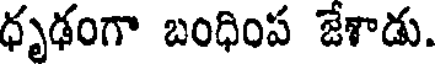
ధృఢంగా బంధింప జేశాడు.